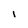
Character: I